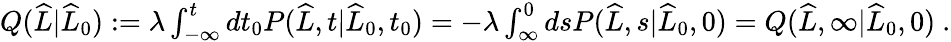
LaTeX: \begin{array}{r}{Q(\widehat{L}|\widehat{L}_{0}):=\lambda\int_{-\infty}^{t}dt_{0}P(\widehat{L},t|\widehat{L}_{0},t_{0})=-\lambda\int_{\infty}^{0}dsP(\widehat{L},s|\widehat{L}_{0},0)=Q(\widehat{L},\infty|\widehat{L}_{0},0)\ .}\end{array}